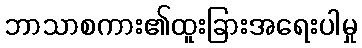
ဘာသာစကား၏ထူးခြားအရေးပါမှု